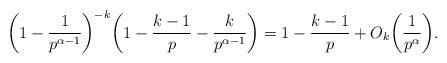
LaTeX: \begin{align*} \bigg(1 - \frac{1}{p^{\alpha - 1}}\bigg)^{-k} \bigg(1 - \frac{k - 1}{p} - \frac{k}{p^{\alpha - 1}}\bigg) = 1 - \frac{k - 1}{p} + O_k\bigg(\frac{1}{p^{\alpha}}\bigg).\end{align*}